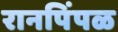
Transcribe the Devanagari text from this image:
रानपिंपळ